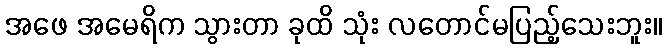
အဖေ အမေရိက သွားတာ ခုထိ သုံး လတောင်မပြည့်သေးဘူး။